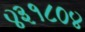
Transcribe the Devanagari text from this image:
४३१८०४